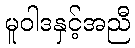
မူဝါဒနှင့်အညီ